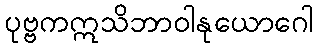
ပုဗ္ဗကဣသိဘာဝါနုယောဂေါ